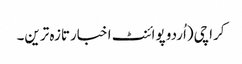
کراچی(اُردو پوائنٹ اخبارتازہ ترین۔